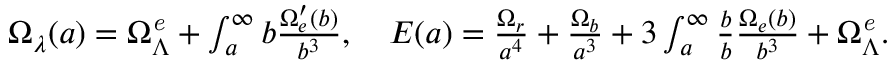
\begin{array} { r } { \Omega _ { \lambda } ( a ) = \Omega _ { \Lambda } ^ { \it e } + \int _ { a } ^ { \infty } \d b \frac { \Omega _ { e } ^ { \prime } ( b ) } { b ^ { 3 } } , \quad E ( a ) = \frac { \Omega _ { r } } { a ^ { 4 } } + \frac { \Omega _ { b } } { a ^ { 3 } } + 3 \int _ { a } ^ { \infty } \frac { \d b } { b } \frac { \Omega _ { e } ( b ) } { b ^ { 3 } } + \Omega _ { \Lambda } ^ { \it e } . } \end{array}